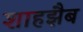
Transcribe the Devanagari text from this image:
शाहझैब